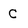
Character: C